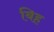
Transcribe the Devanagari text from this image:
बिह